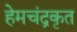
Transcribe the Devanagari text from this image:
हेमचंद्रकृत